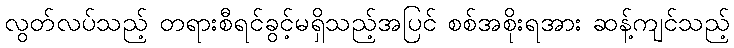
လွတ်လပ်သည့် တရားစီရင်ခွင့်မရှိသည့်အပြင် စစ်အစိုးရအား ဆန့်ကျင်သည့်